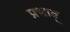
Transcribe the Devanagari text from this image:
प्रभाव्